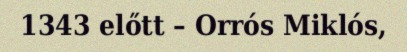
1343 előtt – Orrós Miklós,